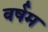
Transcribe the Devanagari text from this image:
वर्षम